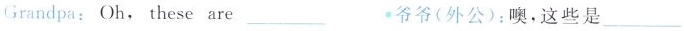
Grandpa:Oh,these are___. 爷爷(外公):噢,这些是 ___